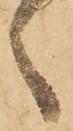
く